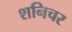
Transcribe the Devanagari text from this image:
शनिचर